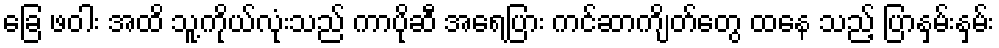
ခြေ ဖဝါး အထိ သူ့ကိုယ်လုံးသည် ကာပိုဆီ အရေပြား ကင်ဆာကျိတ်တွေ ထနေ သည့် ပြာနှမ်းနှမ်း